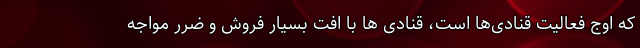
که اوج فعالیت قنادی‌ها است، قنادی ها با افت بسیار فروش و ضرر مواجه